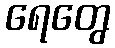
ရေတွေ